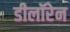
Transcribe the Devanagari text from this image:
डीलॉरेन